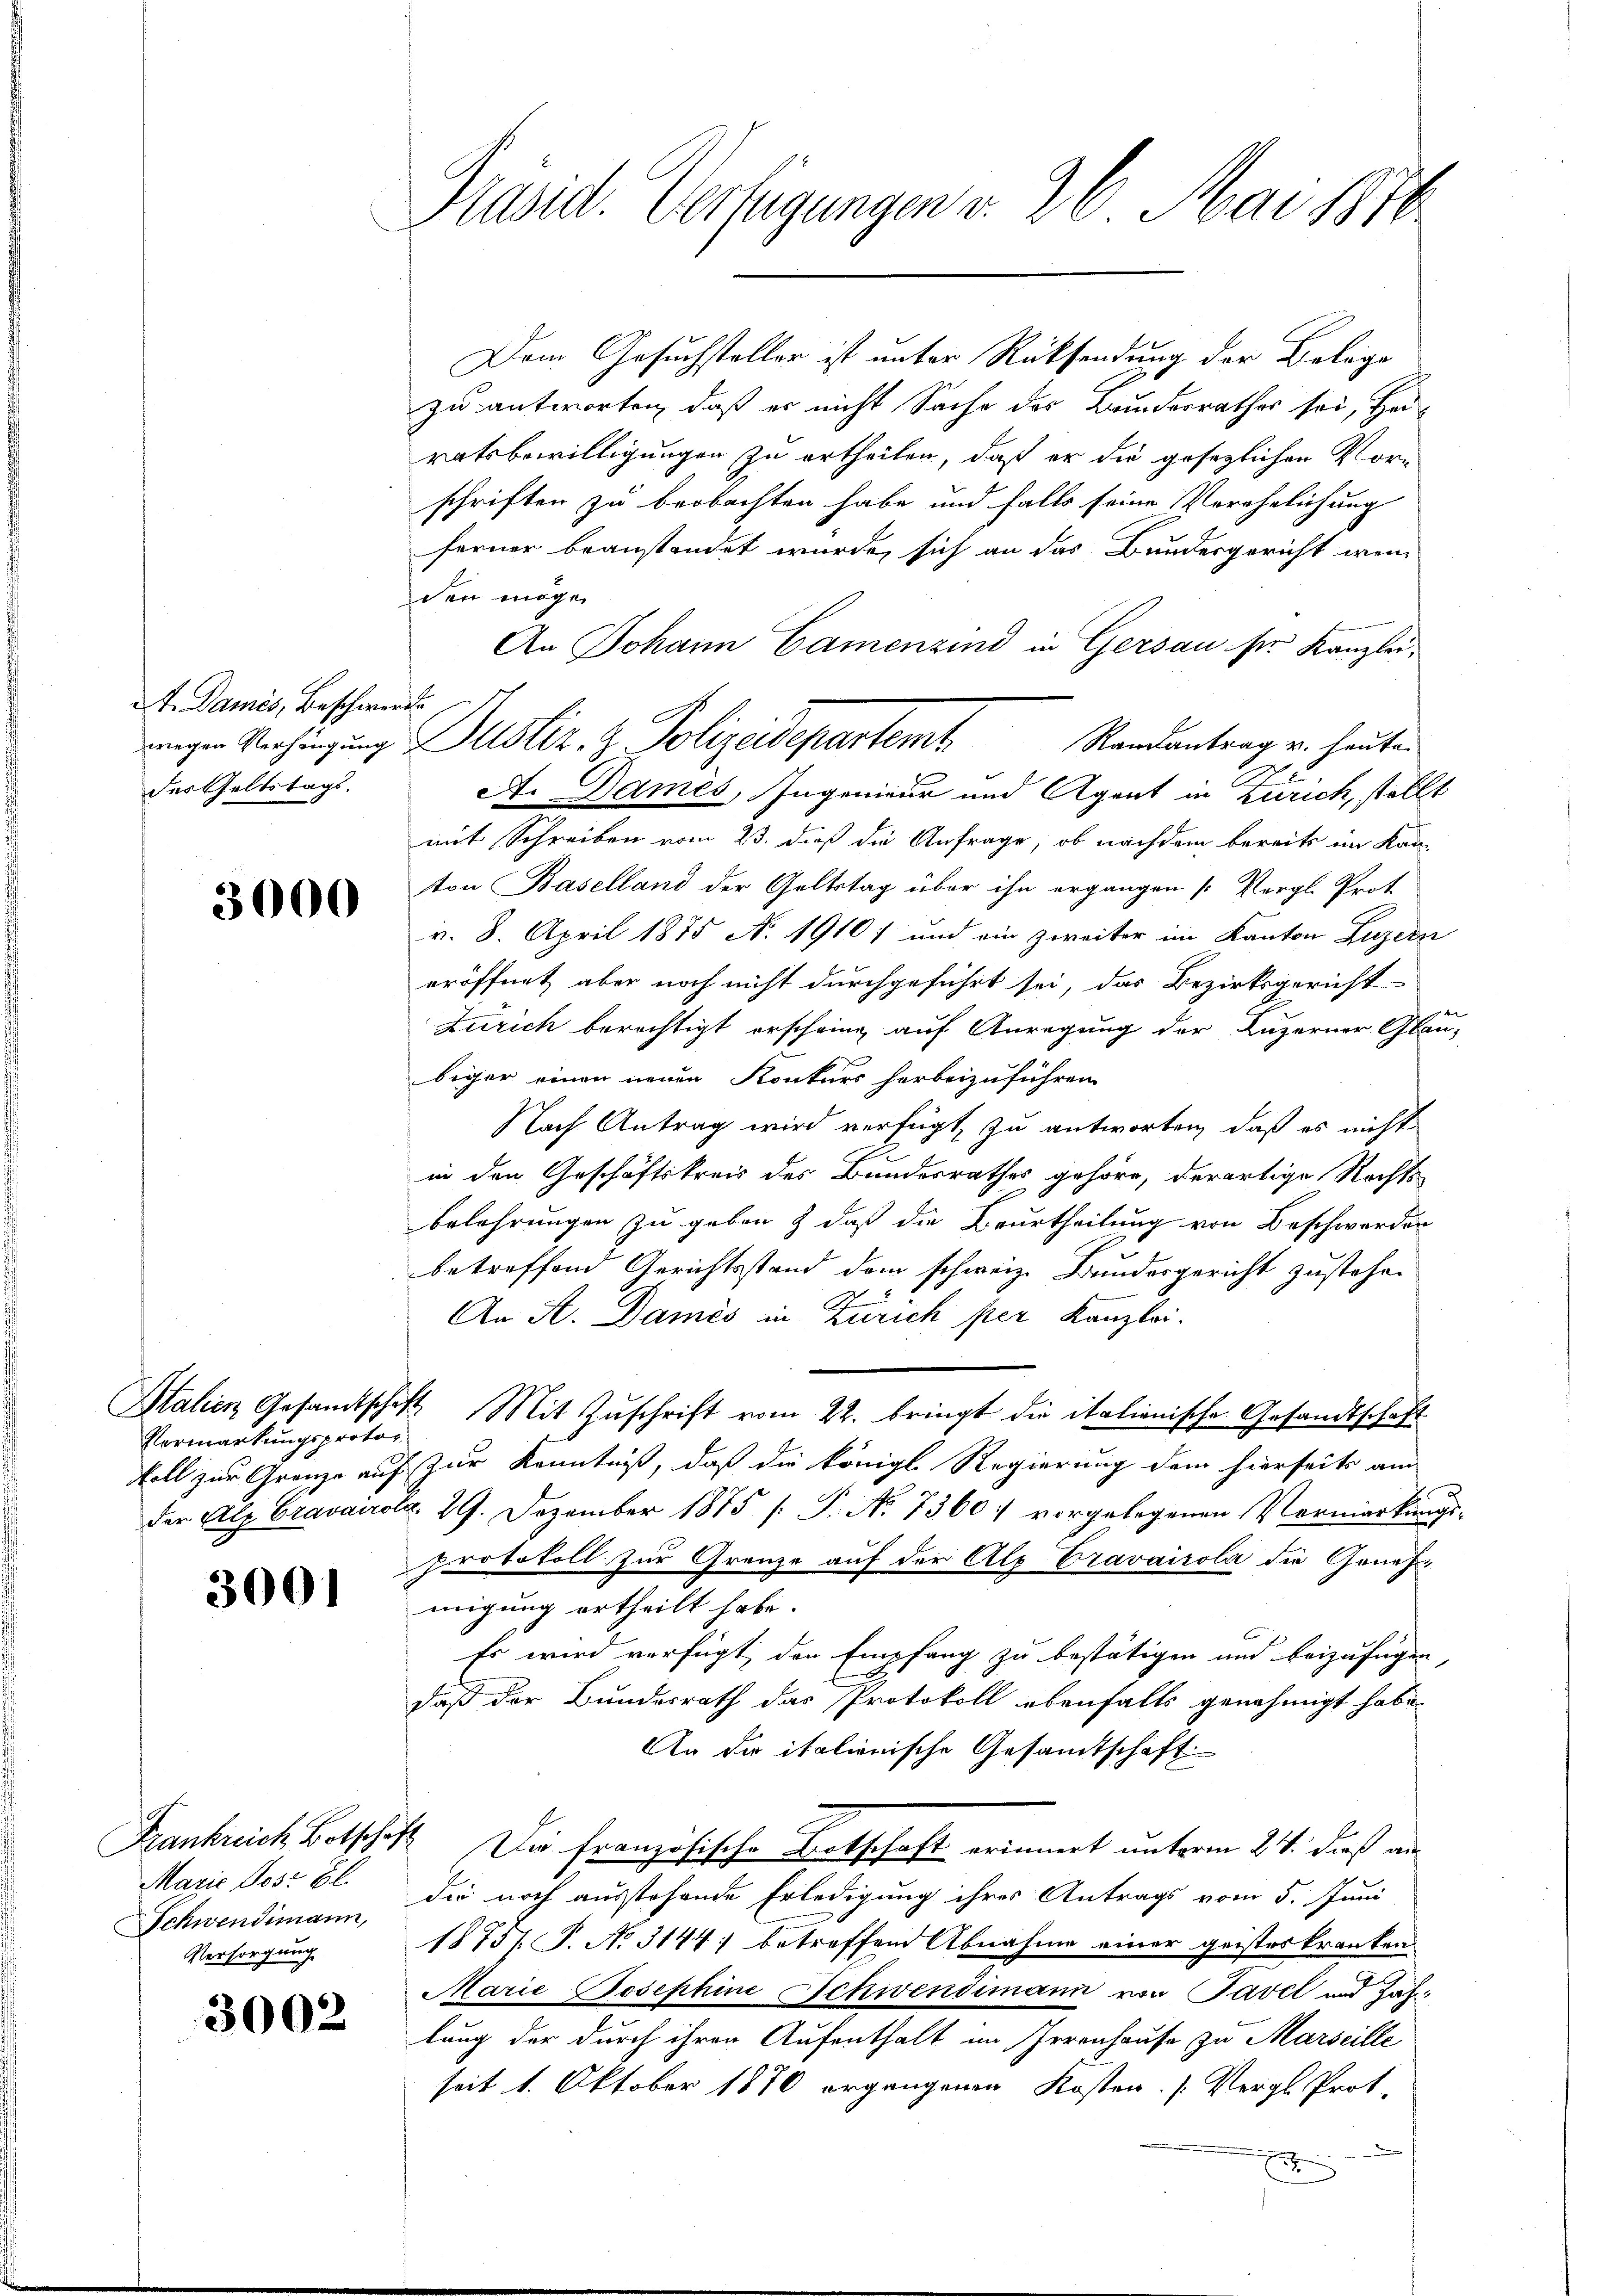
A. Dames, Beschwerde
der Geltstags.

3000

Vermarkungsprotok

3001

Marie Post Bl.
Schwendimann,
Versorgung

3002

Präsid. Verfügungen v. 26. Mai 1870

Dem Gesuchsteller ist unter Rücksendung der Belage
zu antworten, daß er nicht Sache des Bundesrathes sei, Heiratsbewilligungen zu ertheilen, daß er die gesetzlichen Vorschriften zu beobachten habe und falls seine Verehelichung
ferner beanstandet wurde, sich an das Bundesgericht wen
den mögen
An Johann Camenzind in Gersau sie Kanzlei-
mit Schreiben vom 23. dieß die Anfrage, ob nachdem bereits im Kan-
ton Baselland der Geltstag über ihn ergangen (Vergl. Prot
v. 8. April 1875 N. 19107 und ein zweiter im Kanton Luzern
eröffnet, aber noch nicht durchgeführt sei, das Bezirksgericht
Zürich berechtigt erscheine auf Anregung der Luzerner Gläu-
biger einen neuen Konkurs herbeizuführen.
Nach Antrag wird verfügt, zu antworten, daß es nicht
in den Geschäftskreis des Bundesrathes gehöre, derartige Rechte
belehrungen zu geben & daß die Beurtheilung von Beschworden
betreffend Gerichtsstand dem schweiz. Bundesgericht zustehen
An A. Damés in Zürich per Kanzlei.
Stalien Gesamtschaft. Mit Zuschrift vom 22. bringt die italienische Gesandtschaft
voll zur Grenze auf zur Kenntniß, daß die königl. Regierung dem hierseits am
der Alp Cravairotz. 29. Dezember 1875 [P. No 7360) vorgelegenen Vermarkungs-
protokoll zur Grenze auf der Alo Cravairola die Genehmigung ertheilt habe.
Es wird verfügt, den Empfang zu bestätigen und beizufügen,
daß der Bundesrath das Protokoll ebenfalls genehmigt habe.
An die italienische Gesamtschaft
Frankreich Botschaft. Die französische Botschaft erinnert unterm 24. dieß an
dir noch ausstehende Erledigung ihres Antrags vom 5. Juni
1875 P. No 3144) betreffend Abnahme einer geisteskranken.
Marie Josephine Schwendimann von Tavel und Zahlung der durch ihren Aufenthalt im Irrenhause zu Marseille
seit 1. Oktober 1870 ergangenen Kosten. (Vergl. Prot.
.

wigen Verhängung Justiz- & Polizeidepartem Randantrag u. heuten
A. Dames, Ingenieur und Agent in Zürich, stellt